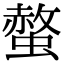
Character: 螫